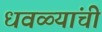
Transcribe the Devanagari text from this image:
धवळ्यांची